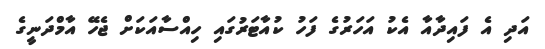
އަދި އެ ފައިދާއާ އެކު އަހަރުގެ ފަހު ކުއާޓަރުގައި ހިއްސާއަކަށް ޖެހޭ އާމްދަނީގެ